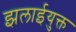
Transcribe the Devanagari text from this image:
झलाईयुक्त